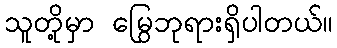
သူတို့မှာ မြွေဘုရားရှိပါတယ်။